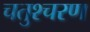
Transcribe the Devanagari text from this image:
चतुश्चरण